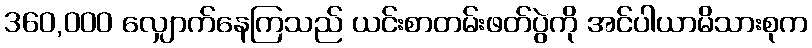
360,000 လျှောက်နေကြသည် ယင်းစာတမ်းဖတ်ပွဲကို အင်ပါယာမိသားစုက